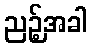
ညဉ့်အခါ